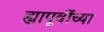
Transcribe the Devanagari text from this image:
ह्यापूर्वीच्या